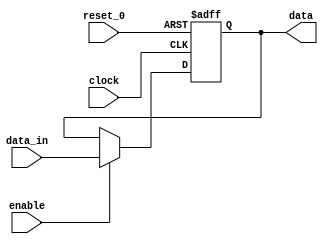
/*
	
	Computer System (1) ------ Final Project
	MIPS 5-Level Pipeline CPU (Advanced)

	Author: 	Xu Yifei	&	Zhang Yiyi
	Stu. ID:	5130309056	&	5132409031
	Class: 		F1324004(ACM2013)
	College:	Zhiyuan College
	University: Shanghai Jiao Tong University

	File type:	Verilog --- Module
	File name:	Register Cell 
	Note:		A single register with 32 bits.
				P138, P51

	Version:
        0.1     2015/6/6    Version Alpha;
		
*/

module reg_cell (clock, reset_0, enable, data_in, data);

	input 	[31:0]	data_in;
	input	clock, reset_0, enable;
	output	[31:0]	data;
	reg 	[31:0]	data;

	always @(negedge reset_0 or posedge clock)
		if (reset_0 == 0) begin
			data <= 32'hFFFFFFFC;
		end else begin
			if (enable) data <= data_in;
		end

endmodule